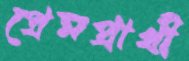
প্রেমপ্রার্থী